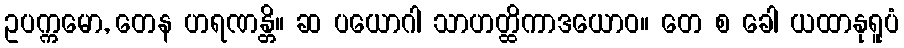
ဥပက္ကမော, တေန ဟရဏန္တိ။ ဆ ပယောဂါ သာဟတ္ထိကာဒယောဝ။ တေ စ ခေါ ယထာနုရူပံ